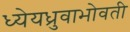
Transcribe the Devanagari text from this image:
ध्येयध्रुवाभोवती